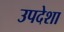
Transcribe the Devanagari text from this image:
उपदेशा